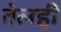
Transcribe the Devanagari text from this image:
तेलही